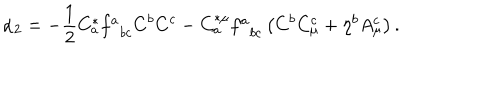
LaTeX: \alpha _ { 2 } = - \frac { 1 } { 2 } C _ { a } ^ { * } f _ { \; \; b c } ^ { a } C ^ { b } C ^ { c } - C _ { a } ^ { * \mu } f _ { \; \; b c } ^ { a } \left( C ^ { b } C _ { \mu } ^ { c } + \eta ^ { b } A _ { \mu } ^ { c } \right) .